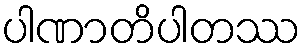
ပါဏာတိပါတဿ